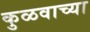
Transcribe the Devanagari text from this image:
कुळवाच्या